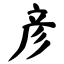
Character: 彦